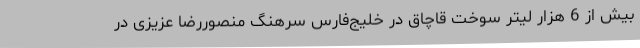
بیش از 6 هزار لیتر سوخت قاچاق در خلیج‌فارس سرهنگ منصوررضا عزیزی در